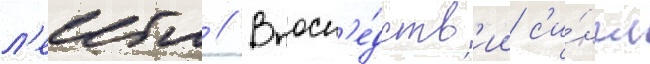
л'еибла // Впосл'е́дств'ии с'и́нгл